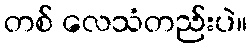
တစ် လေသံတည်းပဲ။